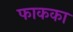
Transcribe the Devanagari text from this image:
फाकका